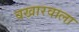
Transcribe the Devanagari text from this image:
वखारवाला